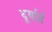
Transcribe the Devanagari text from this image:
दूर्यार्द